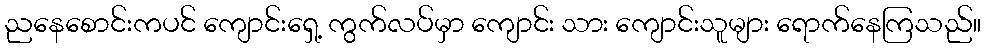
ညနေစောင်းကပင် ကျောင်းရှေ့ ကွက်လပ်မှာ ကျောင်း သား ကျောင်းသူများ ရောက်နေကြသည်။